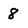
Character: 8